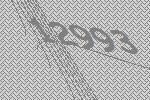
12993